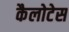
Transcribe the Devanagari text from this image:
कैलोटेस